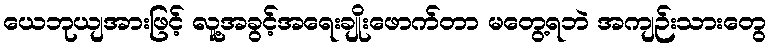
ယေဘုယျအားဖြင့် လူ့အခွင့်အရေးချိုးဖောက်တာ မတွေ့ရဘဲ အကျဉ်းသားတွေ